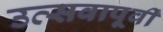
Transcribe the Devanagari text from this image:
उत्सवापूर्वी